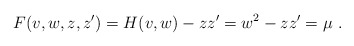
\begin{align*}F(v,w,z,z')=H(v,w)-zz'=w^2-zz'=\mu~.\end{align*}